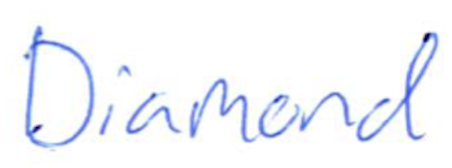
Text: Diamond
Cross-out: clean
Writing tool: ballpoint